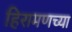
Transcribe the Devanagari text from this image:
हिरामणच्या